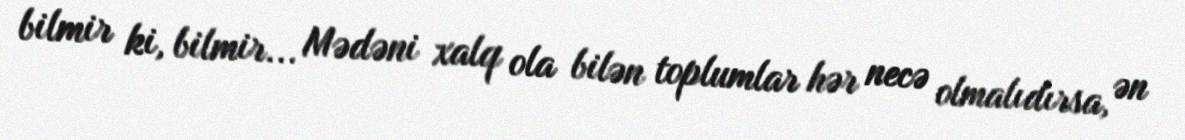
bilmir ki, bilmir... Mədəni xalq ola bilən toplumlar hər necə olmalıdırsa, ən